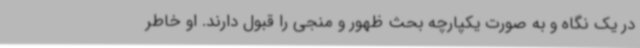
در یک نگاه و به صورت یکپارچه بحث ظهور و منجی را قبول دارند. او خاطر